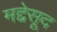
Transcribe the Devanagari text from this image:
मद्देसूद